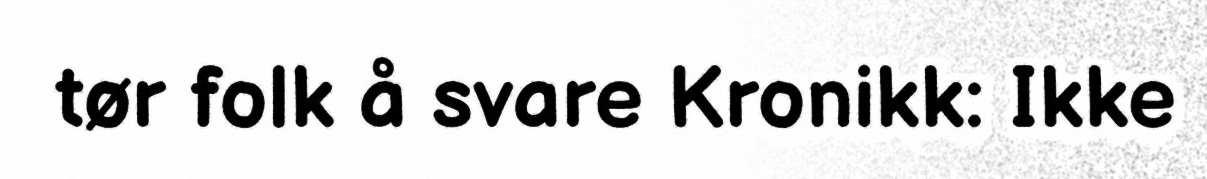
tør folk å svare Kronikk: Ikke